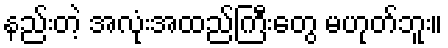
နည်းတဲ့ အလုံးအထည်ကြီးတွေ မဟုတ်ဘူး။